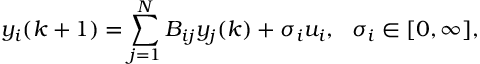
y _ { i } ( k + 1 ) = \sum _ { j = 1 } ^ { N } B _ { i j } y _ { j } ( k ) + \sigma _ { i } u _ { i } , \ \ \sigma _ { i } \in [ 0 , \infty ] ,